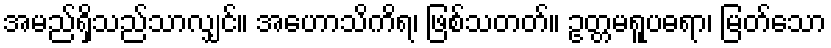
အမည်ရှိသည်သာလျှင်။ အဟောသိကိရ၊ ဖြစ်သတတ်။ ဥတ္တမရူပဓရာ၊ မြတ်သော